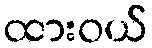
ထားဝယ်